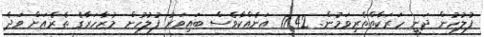
ފުލުހުން ދަނީ ހަރަކާތްތެރިވަމުން. 17:42 އަނެއްކާވެސް ބައިވަރު ފުލުހުން މުޒާހަރާގެ ތެރެއަށް ވަދެ